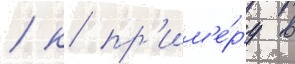
/ к пр'им'е́ру в